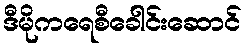
ဒီမိုကရေစီခေါင်းဆောင်